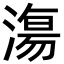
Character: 漡